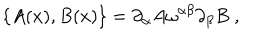
\{ A ( x ) , B ( x ) \} = \partial _ { \alpha } A \omega ^ { \alpha \beta } \partial _ { \beta } B \; ,